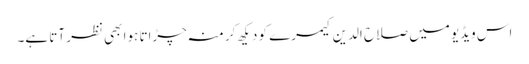
اس ویڈیو میں صلاح الدین کیمرے کو دیکھ کر منہ چڑاتا ہوا بھی نظر آتا ہے۔